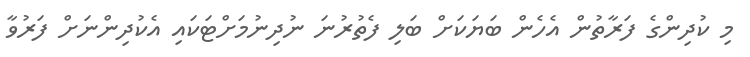
މި ކުދިންގެ ފަރާތުން އެހެން ބަޔަކަށް ބަލި ފެތުރުނަ ނުދިނުމަށްޓަކައި އެކުދިންނަށް ފަރުވާ